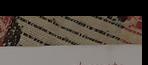
Signature authenticity: forged